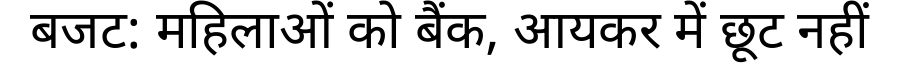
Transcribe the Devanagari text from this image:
बजट: महिलाओं को बैंक, आयकर में छूट नहीं